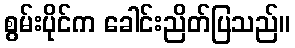
စွမ်းပိုင်က ခေါင်းညိတ်ပြသည်။